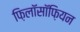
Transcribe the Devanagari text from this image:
फ़िलॉसॉफ़ियन